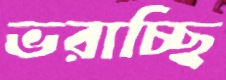
ভরাচ্ছি